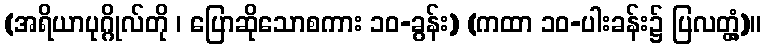
(အရိယာပုဂ္ဂိုလ်တို ၊ ပြောဆိုသောစကား ၁၀-ခွန်း) (ကထာ ၁၀-ပါးခန်း၌ ပြလတ္တံ့)။